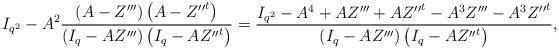
LaTeX: \begin{align*} I_{q^{2}}-A^{2}\frac{ \left(A-Z'''\right)\left(A-{Z''}^{t}\right)}{\left(I_{q}-AZ'''\right)\left(I_{q}-A{Z''}^{t}\right)} = \frac{I_{q^{2}}-A^{4}+ AZ''' +A{Z''}^{t}- A^{3}Z''' -A^{3}{Z''}^{t} }{\left(I_{q}-AZ'''\right)\left(I_{q}-A{Z''}^{t}\right)} , \end{align*}